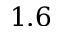
1 . 6